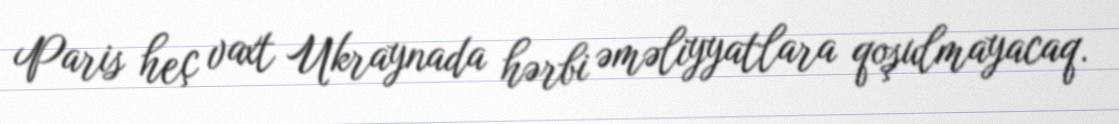
Paris heç vaxt Ukraynada hərbi əməliyyatlara qoşulmayacaq.